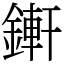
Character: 𨪚